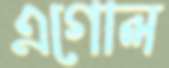
এগোল